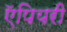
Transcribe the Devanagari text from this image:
ऍपियरी